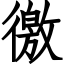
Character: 徼